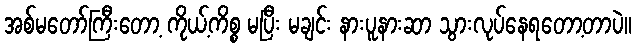
အစ်မတော်ကြီးတော့ ကိုယ့်ကိစ္စ မပြီး မချင်း နားပူနားဆာ သွားလုပ်နေရတော့တာပဲ။